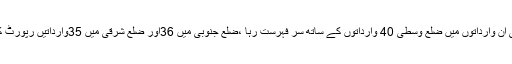
ڈکیتی کی ان وارداتوں میں ضلع وسطی 40 وارداتوں کے ساتھ سر فہرست رہا ،ضلع جنوبی میں 36اور ضلع شرقی میں 35وارداتیں رپورٹ کی گئیں ۔